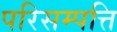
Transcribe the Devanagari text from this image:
परिसम्‍पत्ति